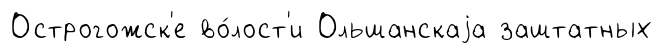
Острогожск'е во́лост'и Ольшанскаjа заштатных